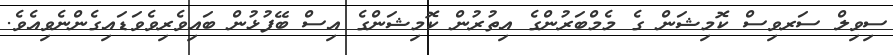
ސިވިލް ސަރވިސް ކޮމިޝަން ގެ މެމްބަރުންގެ އިތުރުން ކޮމިޝަންގެ އިސް ބޭފުޅުން ބައިވެރިވެވަޑައިގެންނެވިއެވެ.